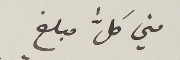
مني كلَّ مبلغ